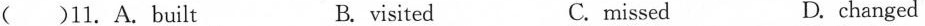
( )11.A. Built B.vsited C.missed D. changed